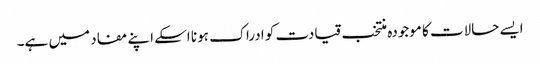
ایسے حالات کا موجودہ منتخب قیادت کو ادراک ہونا اسکے اپنے مفاد میں ہے۔